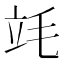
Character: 竓